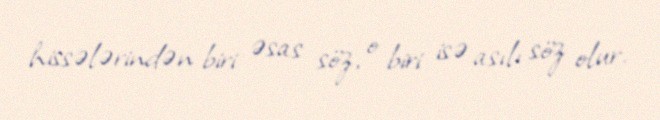
hissələrindən biri əsas söz, o biri isə asılı söz olur.